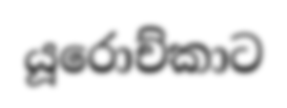
යූරොච්කාට